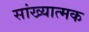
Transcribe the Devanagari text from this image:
सांख्यात्मक